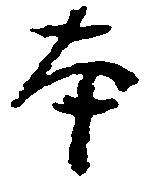
本